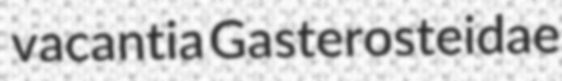
vacantia Gasterosteidae